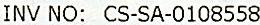
INV NO: CS-SA-0108558